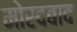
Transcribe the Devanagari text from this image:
मोरदबाद